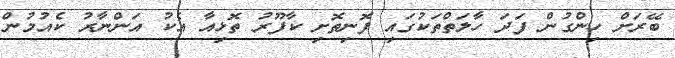
ބޭރަށް ހިންގުން ފަދަ ހާލަތްތަކުގައި ފޮނިތޮށި ކާފޫރު ތޮޅިއާ އެކު އަންނާރު ކެއުމުން